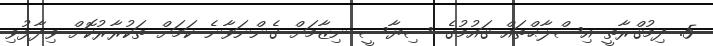
5. ދިމުޤްރާތީ އިސްލާޙްތައް ޤައުމުގެ ސިޔާސީ ނިޒާމަށް ގެންނަވާނެ ކަމަށް ތަކުރާރުކޮށް ވިދާޅުވި